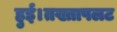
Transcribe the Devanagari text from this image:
हुई।तख्तापलट